Insane asylums in Bengal annual reports 1876-1887 - 1876-1887
Year: 1876
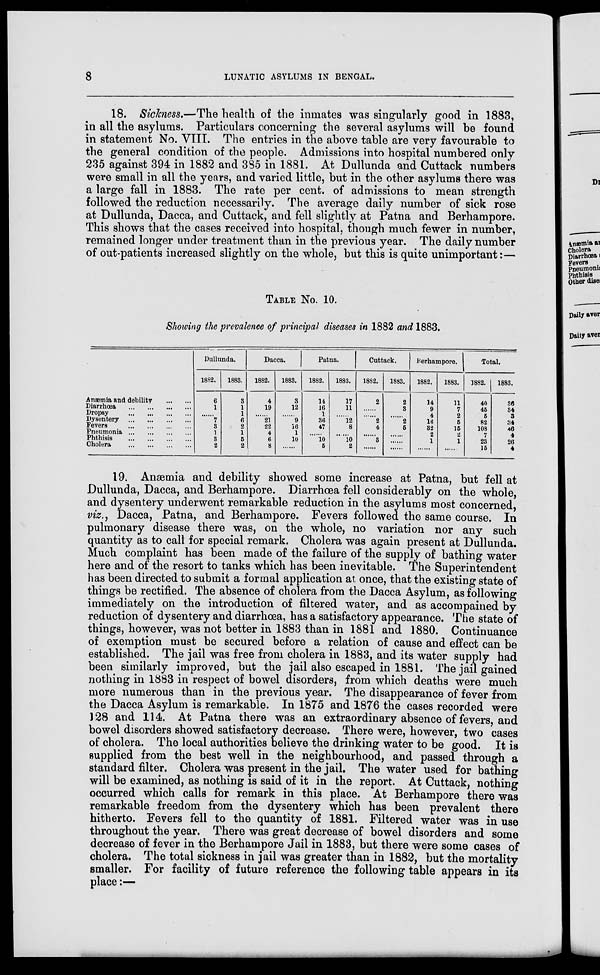
8
LUNATIC ASYLUMS IN BENGAL.
18. Sickness.—The health of the inmates was singularly good in 1883,
in all the asylums. Particulars concerning the several asylums will be found
in statement No. VIII. The entries in the above table are very favourable to
the general condition of the people. Admissions into hospital numbered only
235 against 394 in 1882 and 385 in 1881. At Dullunda and Cuttack numbers
were small in all the years, and varied little, but in the other asylums there was
a large fall in 1883. The rate per cent. of admissions to mean strength
followed the reduction necessarily. The average daily number of sick rose
at Dullunda, Dacca, and Cuttack, and fell slightly at Patna and Berhampore.
This shows that the cases received into hospital, though much fewer in number,
remained longer under treatment than in the previous year. The daily number
of out-patients increased slightly on the whole, but this is quite unimportant:—
TABLE No. 10.
Showing the prevalence of principal diseases in 1882 and 1883.
Anæmia and debility
...
...
Diarrhœa
...
...
...
...
Dropsy
...
...
...
...
Dysentery
...
...
...
...
Fevers
...
...
...
...
Pneumonia
...
...
...
...
Phthisis
...
...
...
...
Cholera
...
...
...
...
Dullunda.
1882.
6
1
......
7
3
1
3
2
1883.
3
1
1
6
2
1
5
2
Dacca.
1882.
4
19
......
21
22
4
6
8
1883.
3
12
......
9
16
1
10
......
Patna.
1882.
14
16
1
36
47
......
10
5
1883.
17
11
......
12
8
......
10
2
Cuttack.
1882.
2
......
......
2
4
......
3
......
1883.
2
3
......
2
5
......
......
......
Berhampore.
1882.
14
9
4
16
32
2
1
......
1883.
11
7
2
5
15
2
1
......
Total.
1882.
40
45
5
82
108
7
23
15
1883.
36
34
3
34
46
4
26
4
19. Anæmia and debility showed some increase at Patna, but fell at
Dullunda, Dacca, and Berhampore. Diarrhœa fell considerably on the whole,
and dysentery underwent remarkable reduction in the asylums most concerned,
viz., Dacca, Patna, and Berhampore. Fevers followed the same course. In
pulmonary disease there was, on the whole, no variation nor any such
quantity as to call for special remark. Cholera was again present at Dullunda.
Much complaint has been made of the failure of the supply of bathing water
here and of the resort to tanks which has been inevitable. The Superintendent
has been directed to submit a formal application at once, that the existing state of
things be rectified. The absence of cholera from the Dacca Asylum, as following
immediately on the introduction of filtered water, and as accompained by
reduction of dysentery and diarrhœa, has a satisfactory appearance. The state of
things, however, was not better in 1883 than in 1881 and 1880. Continuance
of exemption must be secured before a relation of cause and effect can be
established. The jail was free from cholera in. 1883, and its water supply had
been similarly improved, but the jail also escaped in 1881. The jail gained
nothing in 1883 in respect of bowel disorders, from which deaths were much
more numerous than in the previous year. The disappearance of fever from
the Dacca Asylum is remarkable. In 1875 and 1876 the cases recorded were
128 and 114. At Patna there was an extraordinary absence of fevers, and
bowel disorders showed satisfactory decrease. There were, however, two cases
of cholera. The local authorities believe the drinking water to be good. It is
supplied from the best well in the neighbourhood, and passed through a
standard filter. Cholera was present in the jail. The water used for bathing
will be examined, as nothing is said of it in the report. At Cuttack, nothing
occurred which calls for remark in this place. At Berhampore there was
remarkable freedom from the dysentery which has been prevalent there
hitherto. Fevers fell to the quantity of 1881. Filtered water was in use
throughout the year. There was great decrease of bowel disorders and some
decrease of fever in the Berhampore Jail in 1883, but there were some cases of
cholera. The total sickness in jail was greater than in 1882, but the mortality
smaller. For facility of future reference the following table appears in its
place:—